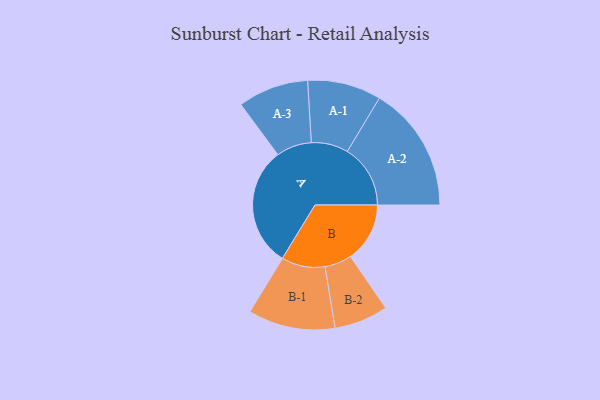
{"axis": {"x": "Segment", "y": "Value"}, "legend": ["", "A", "B"], "data": [{"x": "A", "y": 485, "type": ""}, {"x": "B", "y": 240, "type": ""}, {"x": "A-1", "y": 149, "type": "A"}, {"x": "A-2", "y": 255, "type": "A"}, {"x": "A-3", "y": 143, "type": "A"}, {"x": "B-1", "y": 176, "type": "B"}, {"x": "B-2", "y": 109, "type": "B"}]}